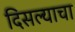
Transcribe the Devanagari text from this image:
दिसल्याचा